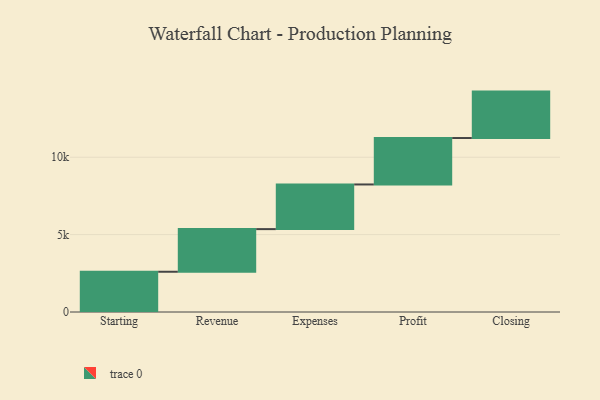
{"axis": {"x": "Step", "y": "Value"}, "legend": [""], "data": [{"x": "Starting", "y": 2601.0, "type": ""}, {"x": "Revenue", "y": 2754.0, "type": ""}, {"x": "Expenses", "y": 2886.0, "type": ""}, {"x": "Profit", "y": 3000, "type": ""}, {"x": "Closing", "y": 3000, "type": ""}]}